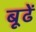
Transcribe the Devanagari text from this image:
बूढें